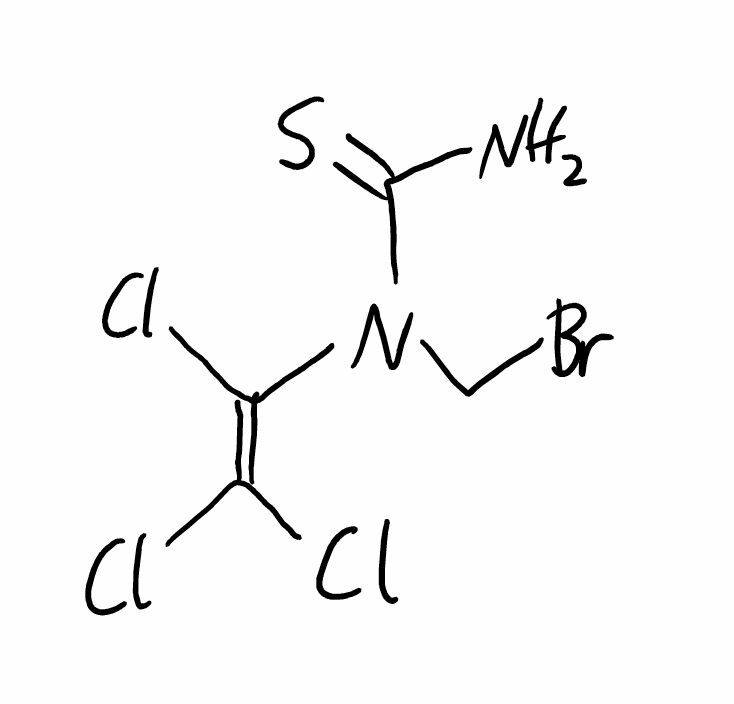
Simplified molecular-input line-entry system (SMILES) notation of the given molecule:
C(N(C(=C(Cl)Cl)Cl)C(=S)N)Br